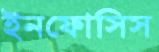
ইনফোসিস